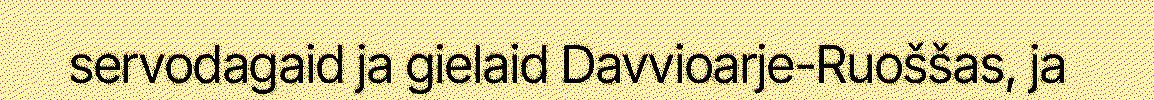
servodagaid ja gielaid Davvioarje-Ruoššas, ja